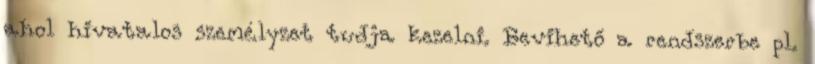
ahol hivatalos személyzet tudja kezelni. Bevihető a rendszerbe pl.